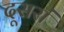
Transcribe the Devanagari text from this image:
दूसरां